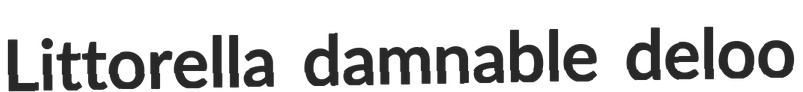
Littorella damnable deloo